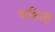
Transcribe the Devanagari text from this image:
वाहिलीं